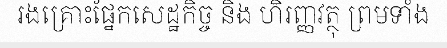
រងគ្រោះផ្នែកសេដ្ឋកិច្ច និង ហិរញ្ញវត្ថុ ព្រមទាំង